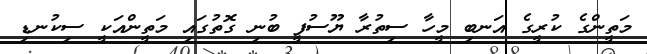
މަތީންގެ ކުރީގެ އަނބި މީހާ ސިތުރާ ޔޫސުފީ ބުނި ގޮތުގައި މަތީންއަކީ ސިކުނޑި